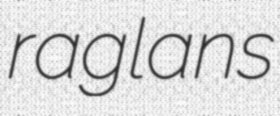
raglans